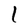
Character: l